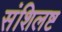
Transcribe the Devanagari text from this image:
संशिलष्ट